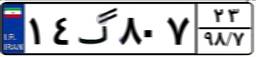
۸۰گ۶۱۶۴۴